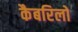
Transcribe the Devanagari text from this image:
कैबरिलो